system: You are a helpful assistant.
user:
Analyze the provided spectrum to determine if it is a **"Cataclysmic Variables (CV)"**.

- **Key Indicators for CV (Check for either state):**
    - **State 1: Quiescent / Low-State (Emission-Dominated)**
        - **(Primary):** Strong and *very broad* Hydrogen Balmer emission lines (e.g., $H\alpha$ at 6563 Å, $H\beta$ at 4861 Å). The 'broadness' (high velocity dispersion, often FWHM > 1000 km/s) is the key diagnostic, indicating a high-velocity accretion disk.
        - **(Secondary):** Broad neutral Helium (He I) emission lines (e.g., 5876 Å, 6678 Å).
        - **(Key Confirmation):** Presence of high-excitation *ionized* Helium (He II) emission at 4686 Å. This is a strong indicator of accretion onto a white dwarf.
        - **(Line Profile):** Emission lines may exhibit a 'double-peaked' profile, which is a classic signature of a rotating accretion disk viewed at high inclination.

    - **State 2: Outburst / High-State (Absorption-Dominated)**
        - **(Primary):** Spectrum is dominated by a bright, blue continuum (looks like a hot star).
        - **(Secondary):** The emission lines from State 1 are weak, absent, or 'filled in', and are replaced by broad, shallow *absorption* lines (primarily Balmer and He I).
        - **(Morphology):** The overall spectrum mimics a hot B/A-type star. The crucial difference is that the absorption lines are significantly broader, shallower, and more 'washed-out' (or 'smeared') than the sharp lines of a normal stellar photosphere, due to high rotational speeds and pressure broadening in the disk.

Think first, call **spectral_visualization_tool** if needed to examine features in detail, then provide your final answer. Your response must adhere to the following strict rules:
1.  **Overall Structure:** Your response must follow the format `<think>...</think> <tool_call>...</tool_call> (if a tool is used) <answer>...</answer>`.
2.  **Tool Usage Constraint:** You may only make **one** tool call per turn.
3.  **Final Answer Format:** In the `<answer>` tag, your conclusion must be inside a `\boxed{}` command (e.g., `\boxed{YES}`), followed by your justification.

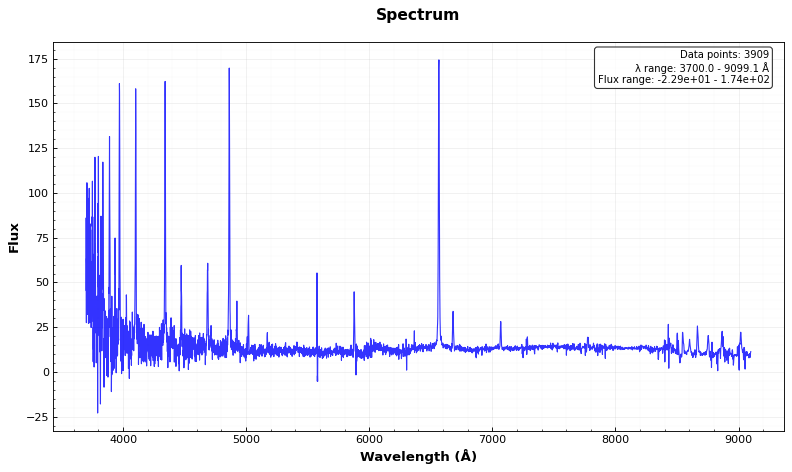
Answer: YES